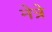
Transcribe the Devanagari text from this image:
नेत्रे